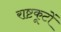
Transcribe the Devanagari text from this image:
राष्टकूटों